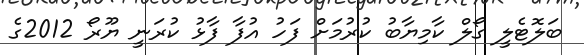
ބަލޮޓެލީ ގޯލް ކާމިޔާބު ކުރުމަށް ފަހު އުފާ ފާޅު ކުރަނީ ޔޫރޯ 2012ގެ